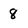
Character: 8